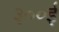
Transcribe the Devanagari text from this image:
३००ई